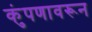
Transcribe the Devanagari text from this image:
कुंपणावरून